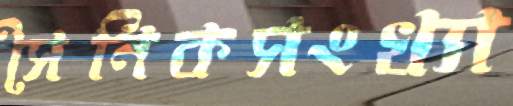
সৈনিকসংখ্যা